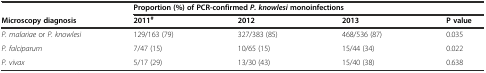
<table><thead><tr><td></td><td colspan="4"><b>Proportion (%) of PCR-confirmed <i>P. knowlesi</i>monoinfections</b></td></tr><tr><td><b>Microscopy diagnosis</b></td><td><b>2011<sup>#</sup></b></td><td><b>2012</b></td><td><b>2013</b></td><td><b>P value</b></td></tr></thead><tbody><tr><td><i>P. malariae</i> or <i>P. knowlesi</i></td><td>129/163 (79)</td><td>327/383 (85)</td><td>468/536 (87)</td><td>0.035</td></tr><tr><td><i>P. falciparum</i></td><td>7/47 (15)</td><td>10/65 (15)</td><td>15/44 (34)</td><td>0.022</td></tr><tr><td><i>P. vivax</i></td><td>5/17 (29)</td><td>13/30 (43)</td><td>15/40 (38)</td><td>0.638</td></tr></tbody></table>